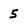
Character: 5